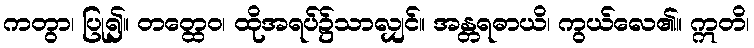
ကတွာ၊ ပြု၍။ တတ္ထေဝ၊ ထိုအရပ်၌သာလျှင်။ အန္တရဓာယိ၊ ကွယ်လေ၏။ ဣတိ၊